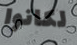
لكانوا